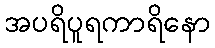
အပရိပူရကာရိနော